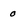
Character: o